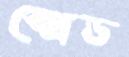
স্প্রেড